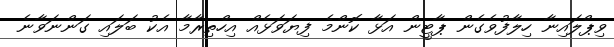
ވިޕްލައިނާ ހިލާފުވެގެން ޕާޓީން އަޅާ ކޮންމެ ފިޔަވަޅެއް އިހްތިރާމާ އެކު ބަލައި ގަންނަވާނެ